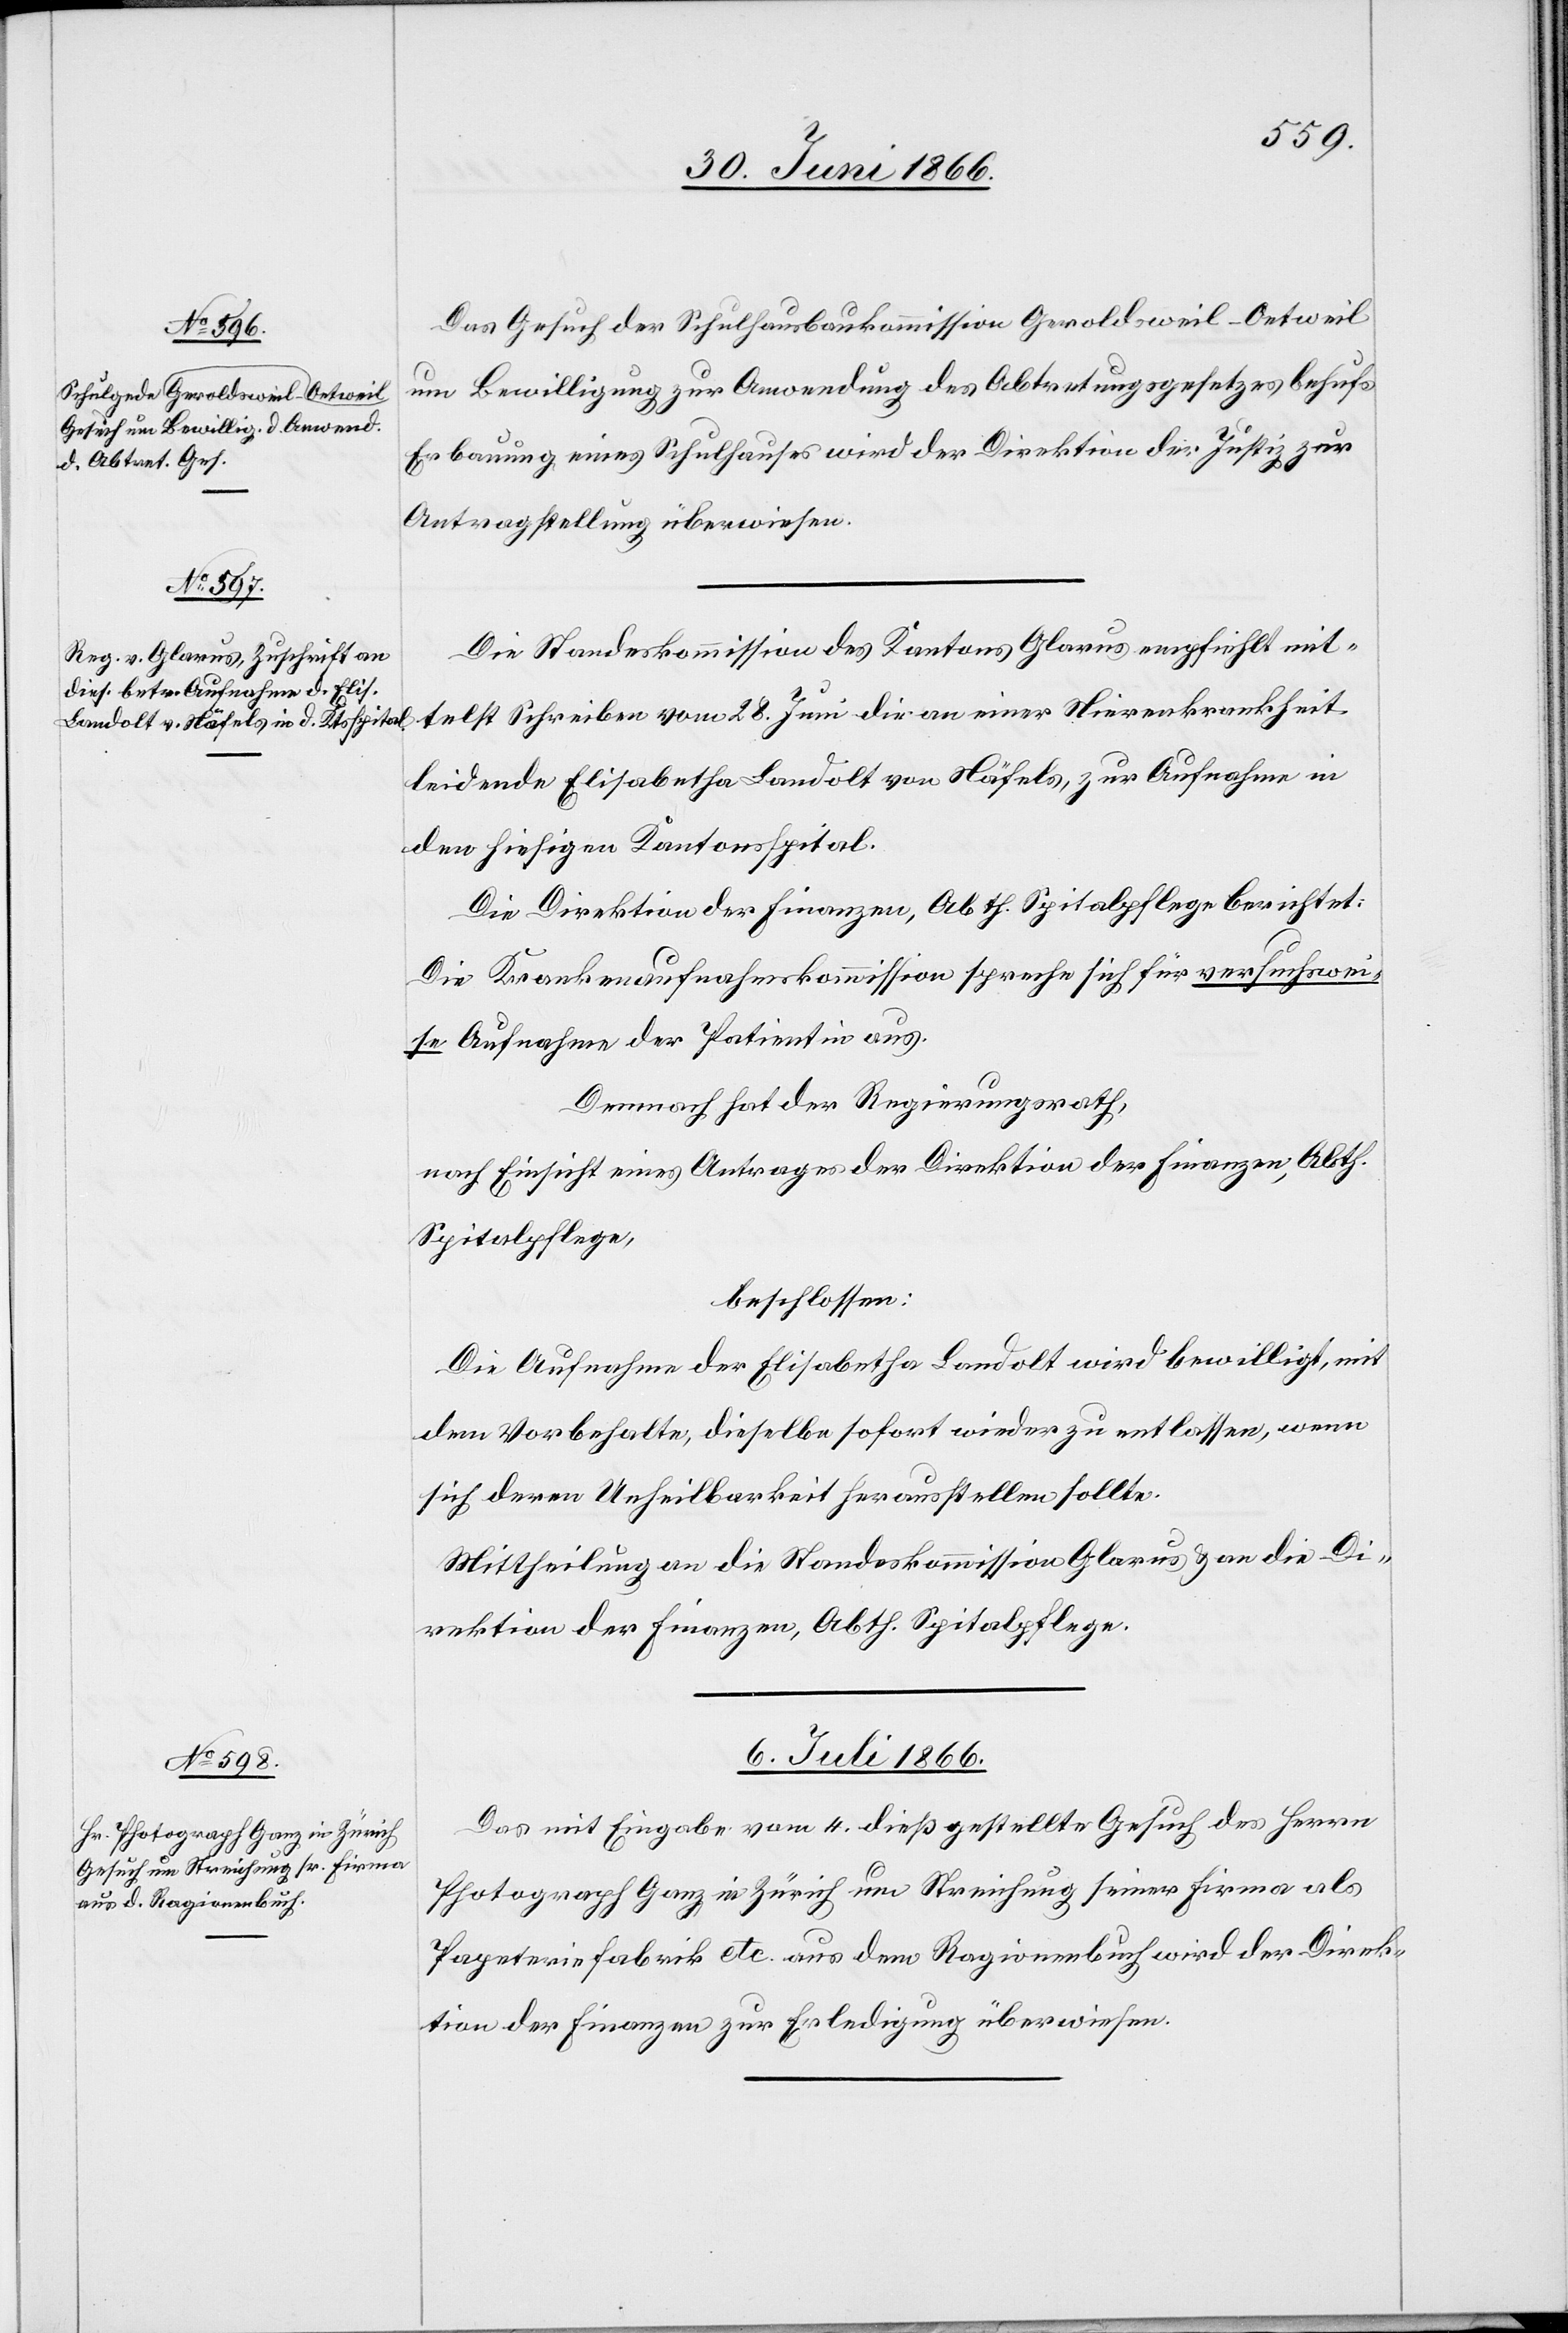
Das Gesuch der Schulhausbaukommission Geroldsweil-Oetweil
um Bewilligung zur Anwendung des Abtretungsgesetzes behufs
Erbauung eines Schulhauses wird der Direktion der Justiz zur
Antragstellung überwiesen.
Die Standeskommission des Kantons Glarus empfiehlt mit¬
telst Schreiben vom 28. Juni die an einer Nierenkrankheit
leidende Elisabetha Landolt von Näfels zur Aufnahme in
den hiesigen Kantonsspital.
Die Direktion der Finanzen, Abth. Spitalpflege berichtet:
Die Krankenaufnahmekommission spreche sich für versuchswei¬
se Aufnahme der Patientin aus.
Demnach hat der Regierungsrath,
nach Einsicht eines Antrages der Direktion der Finanzen, Abth.
Spitalpflege,
beschlossen:
Die Aufnahme der Elisabetha Landolt wird bewilligt, mit
dem Vorbehalte, dieselbe sofort wieder zu entlassen, wenn
sich deren Unheilbarkeit herausstellen sollte.
Mittheilung an die Standeskommission u. an die Di¬
rektion der Finanzen, Abth. Spitalpflege.
6. Juli 1866.
Das mit Eingabe vom 4. dieß gestellte Gesuch des Herrn
Photograph Ganz in Zürich um Streichung seiner Firma als
Papeteriefabrik etc. aus dem Ragionenbuch wird der Direk¬
tion der Finanzen zur Erledigung überwiesen.